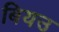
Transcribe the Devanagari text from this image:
बियउ